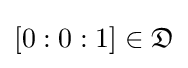
[0:0:1]\in {\mathfrak {D}}